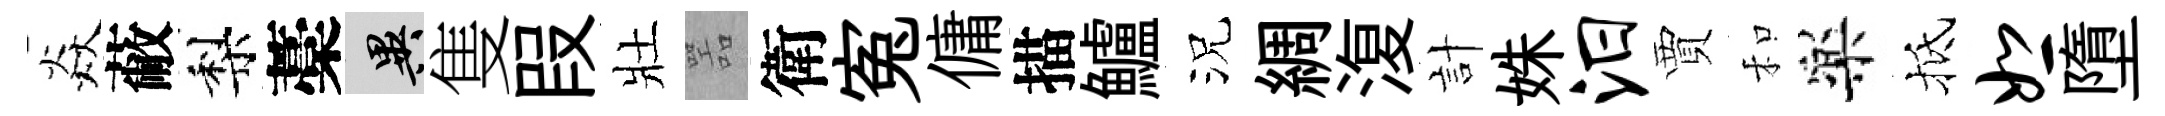
焱蔽梨藁异隻叚壯噐衛寃傭描鱸況綢𣸪計姝汨賈和樂抵恕墮